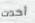
أخدت